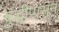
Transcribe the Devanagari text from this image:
बुद्धीपासून